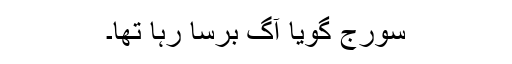
سورج گویا آگ برسا رہا تھا۔